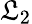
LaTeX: \mathfrak{L}_{2}